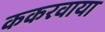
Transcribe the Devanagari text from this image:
ककरवाया